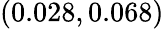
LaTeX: \left(0.028,0.068\right)